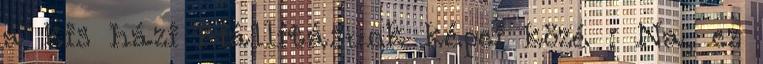
a kis házi kiállításunk képei közé : Na, ez